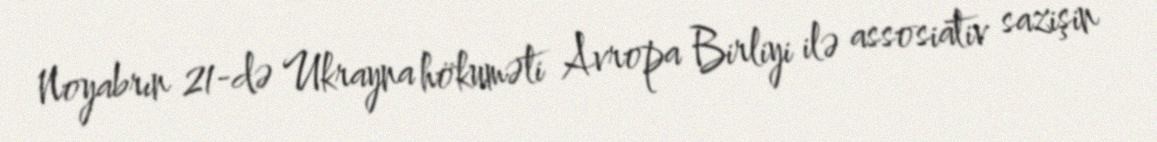
Noyabrın 21-də Ukrayna hökuməti Avropa Birliyi ilə assosiativ sazişin